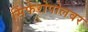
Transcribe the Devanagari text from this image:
सिंफेरोपोलवर